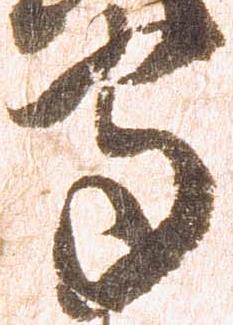
守